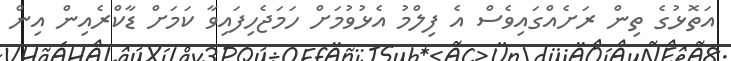
އަތޮޅުގެ ތިން ރަށެއްގައިވެސް އެ ފިލްމު އެޅުވުމަށް ހަމަޖެހިފައިވާ ކަމަށް ޑާކްރެއިން އިން